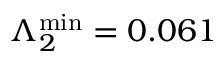
\Lambda _ { 2 } ^ { \mathrm { m i n } } = 0 . 0 6 1